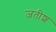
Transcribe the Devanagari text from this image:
जतीश